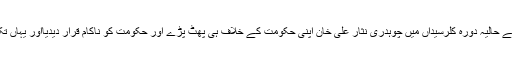
اسی بنیاد پر ’’خلق خدا‘‘ میں یہ چہ میگوئیاں چل رہی ہیں کہ شاید اسی وجہ سے اپنے حالیہ دورہ کلرسیداں میں چوہدری نثار علی خان اپنی حکومت کے خلاف ہی پھٹ پڑے اور حکومت کو ناکام قرار دیدیااور یہاں تک کہا کہ میں حکومت میں ہونے کے باوجود اپوزیشن کا کردار کا ادا کر رہا ہوں ۔